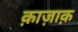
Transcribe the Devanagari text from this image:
क़ाज़ाक़